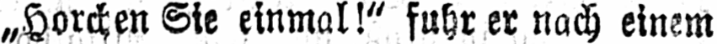
„Horchen Sie einmal!“ fuhr er nach einem